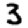
Digit: 3